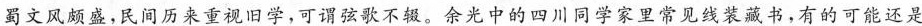
蜀文风颇盛，民间历来重视旧学，可谓弦歌不辍。余光中的四川同学家里常见线装藏书，有的可能还是